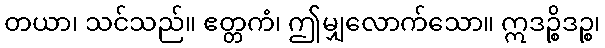
တယာ၊ သင်သည်။ ဧတ္တကံ၊ ဤမျှလောက်သော။ ဣဒဉ္စိဒဉ္စ၊